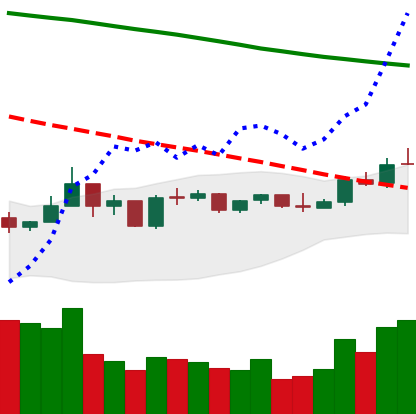
Ticker: NEO-USD
Chart end date: 2019-01-09
Forward return: -13.462%
Label: down_7plus